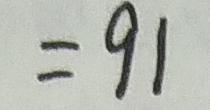
= 9 1